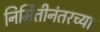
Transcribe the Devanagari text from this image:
निर्मितीनंतरच्‍या